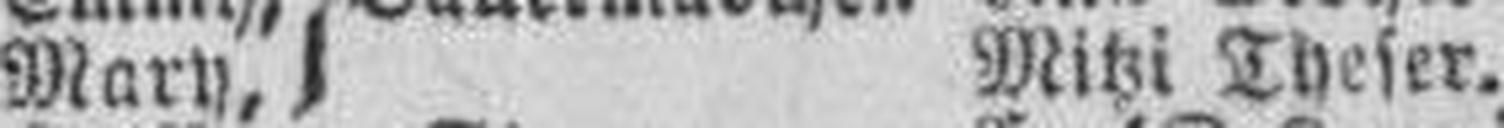
Mary, Mitzi Theser.